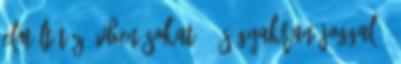
elmúlt tíz évben sokat - és gyakran joggal -